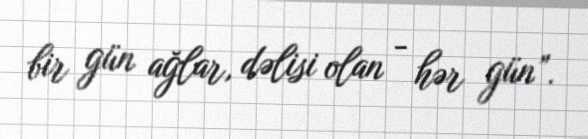
bir gün ağlar, dəlisi olan - hər gün”.